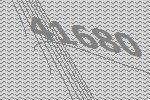
41680